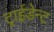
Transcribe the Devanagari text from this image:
ट्राईडेन्ट